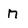
Character: n